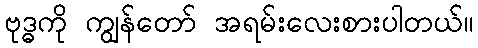
ဗုဒ္ဓကို ကျွန်တော် အရမ်းလေးစားပါတယ်။